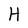
Character: H